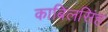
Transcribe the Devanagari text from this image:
काबिलसिंह